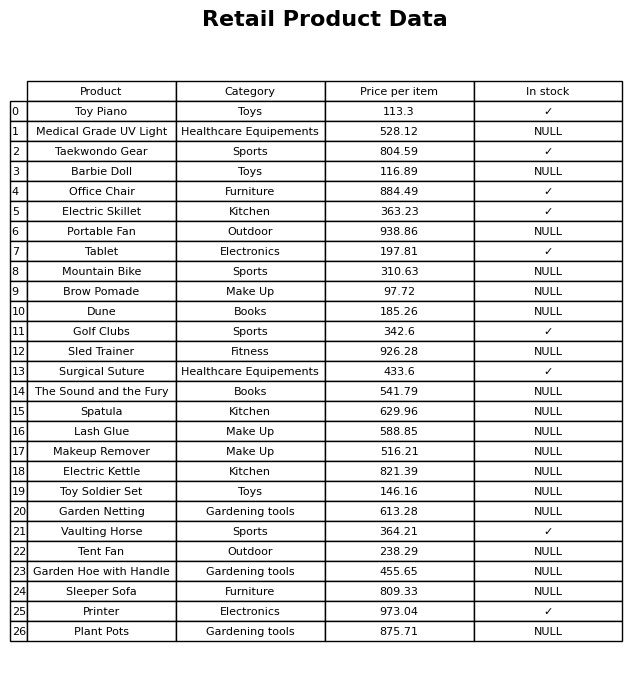
question: Which products are currently out of stock?
answer: Medical Grade UV Light, Barbie Doll, Portable Fan, Mountain Bike, Brow Pomade, Dune, Sled Trainer, The Sound and the Fury, Spatula, Lash Glue, Makeup Remover, Electric Kettle, Toy Soldier Set, Garden Netting, Tent Fan, Garden Hoe with Handle, Sleeper Sofa, Plant Pots